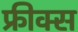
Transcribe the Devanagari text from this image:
फ्रीक्स